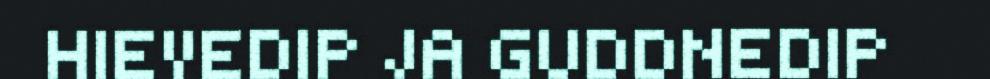
HIEVEDIP JA GUDDNEDIP